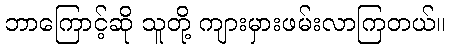
ဘာကြောင့်ဆို သူတို့ ကျားမှားဖမ်းလာကြတယ်။